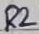
Text: R2